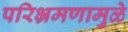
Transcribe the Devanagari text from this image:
परिभ्रमणामुळे